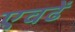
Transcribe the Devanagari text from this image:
एवढें